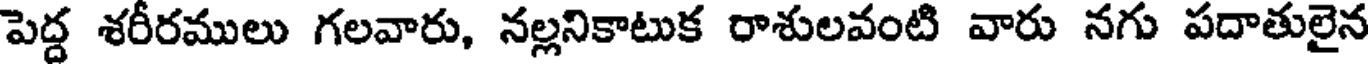
పెద్ద శరీరములు గలవారు, నల్లనికాటుక రాశులవంటి వారు నగు పదాతులైన